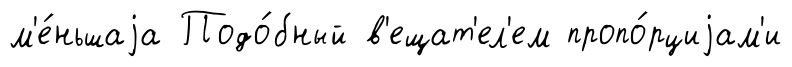
м'е́ньшаjа Подо́бный в'ещат'ел'ем пропо́рциjам'и